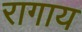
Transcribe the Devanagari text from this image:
रागाय